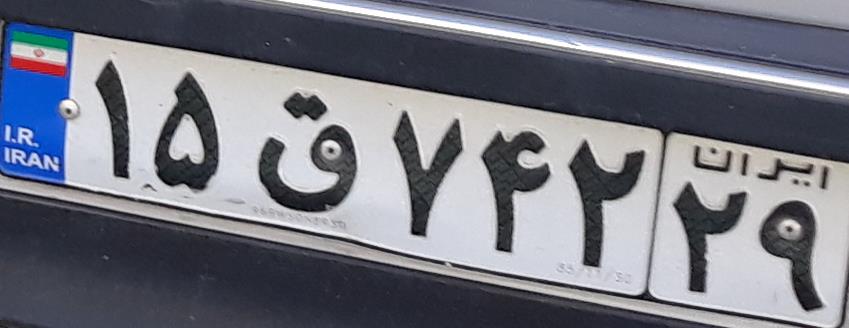
۱۵ق۷۴۲۲۹